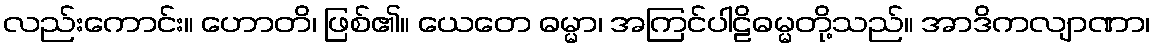
လည်းကောင်း။ ဟောတိ၊ ဖြစ်၏။ ယေတေ ဓမ္မာ၊ အကြင်ပါဠိဓမ္မတို့သည်။ အာဒိကလျာဏာ၊